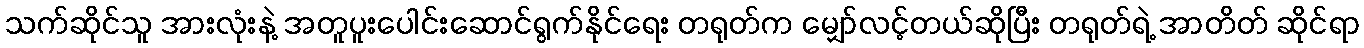
သက်ဆိုင်သူ အားလုံးနဲ့ အတူပူးပေါင်းဆောင်ရွက်နိုင်ရေး တရုတ်က မျှော်လင့်တယ်ဆိုပြီး တရုတ်ရဲ့ အာတိတ် ဆိုင်ရာ